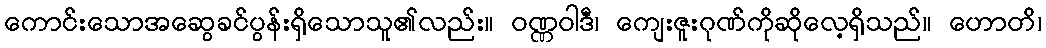
ကောင်းသောအဆွေခင်ပွန်းရှိသောသူ၏လည်း။ ဝဏ္ဏဝါဒီ၊ ကျေးဇူးဂုဏ်ကိုဆိုလေ့ရှိသည်။ ဟောတိ၊